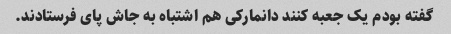
گفته بودم یک جعبه کنند دانمارکی هم اشتباه به جاش پای فرستادند.